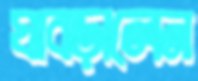
ঘাবড়ালেন